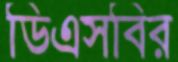
ডিএসবির